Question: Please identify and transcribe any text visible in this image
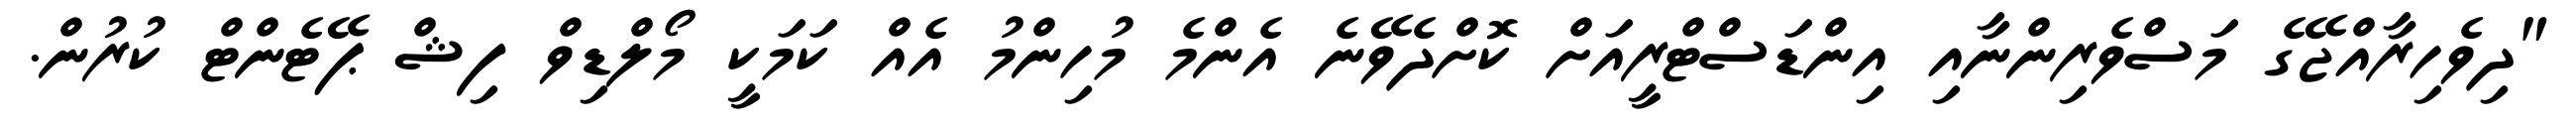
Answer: "ދިވެހިރާއްޖޭގެ މަސްވެރިންނާއި އިންޑަސްޓްރީއަށް ކޮށްދެވޭނެ އެންމެ މުހިންމު އެއް ކަމަކީ މޯލްޑިވް ފިޝް ޕޭޓެންޓް ކުރުން.